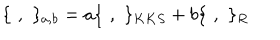
LaTeX: \{ \, \, , \, \, \} _ { a , b } = a \{ \, \, , \, \, \} _ { K K S } + b \{ \, \, , \, \, \} _ { R }